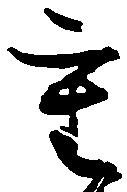
重